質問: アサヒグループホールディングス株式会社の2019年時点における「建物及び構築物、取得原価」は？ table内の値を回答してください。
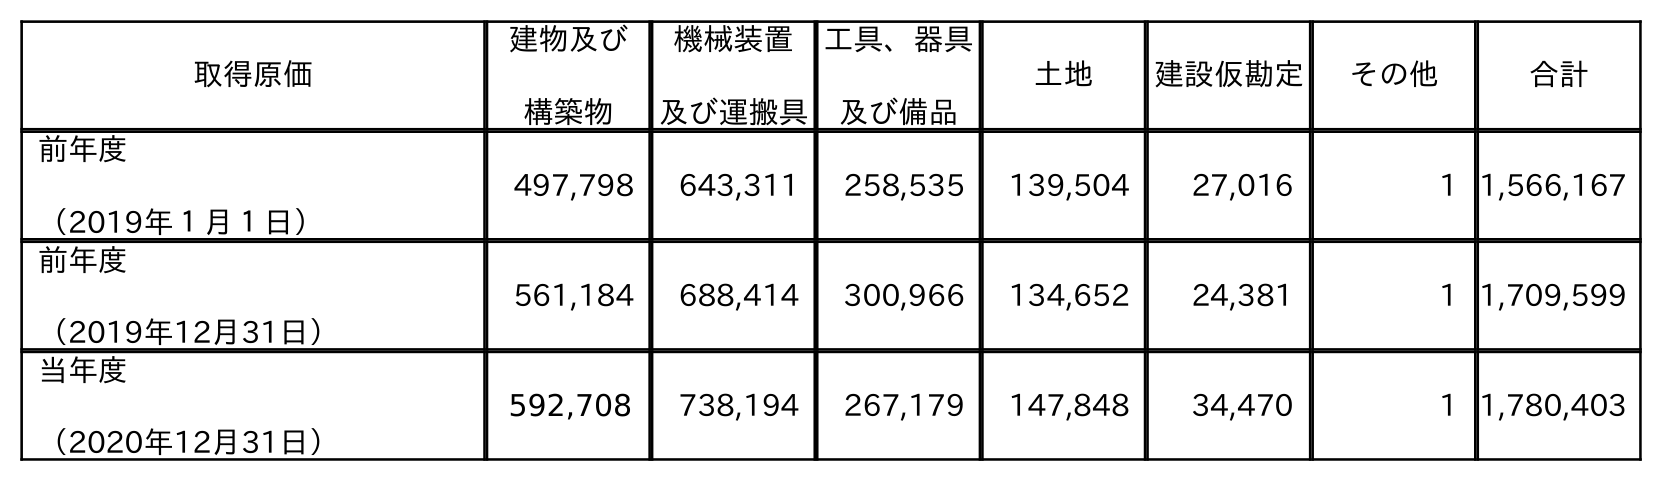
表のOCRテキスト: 取得原価 建物及び 構築物 機械装置 及び運搬具 工具、器具 及び備品 土地 建設仮勘定 その他 合計 前年度 （2019年１月１日） 497,798 643,311 258,535 139,504 27,016 1 1,566,167 前年度 （2019年12月31日） 561,184 688,414 300,966 134,652 24,381 1 1,709,599 当年度 （2020年12月31日） 592,708 738,194 267,179 147,848 34,470 1 1,780,403
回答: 561,184